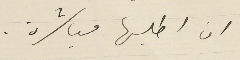
ان اطلبها مباشرة.